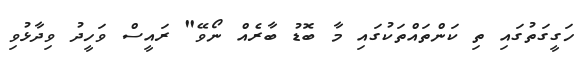
ހަގީގަތުގައި ތި ކަންތައްތަކުގައި މާ ބޮޑު ބާރެއް ނޯވޭ" ރައީސް ވަހީދު ވިދާޅުވި